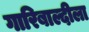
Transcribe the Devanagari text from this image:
गारिबाल्दीला